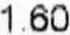
1.60